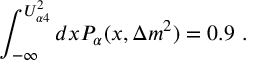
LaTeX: \int _ { - \infty } ^ { U _ { \alpha 4 } ^ { 2 } } d x P _ { \alpha } ( x , \Delta m ^ { 2 } ) = 0 . 9 ~ .